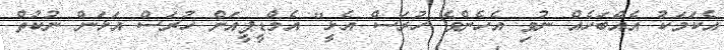
އެކަމަކު އެއްބަހެއް ނުވި އެހެންވެ ހުރަސް އެޅީ" އެމްޑީޕީއަށް ހުރަސް އަޅަން ނުކުތް